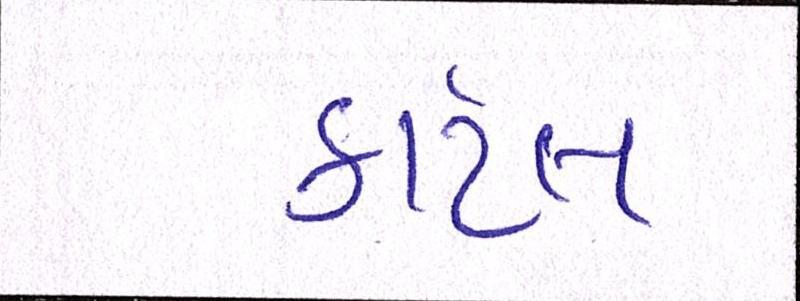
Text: કાર્ટેલ